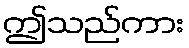
ဤသည်ကား